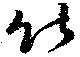
能